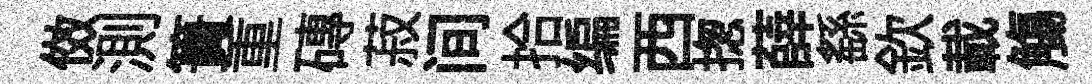
傚測簣重磚菽间拾编西揔薛繇欽載觴